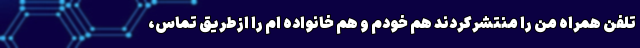
تلفن همراه من را منتشرکردند هم خودم و هم خانواده ام را ازطریق تماس،